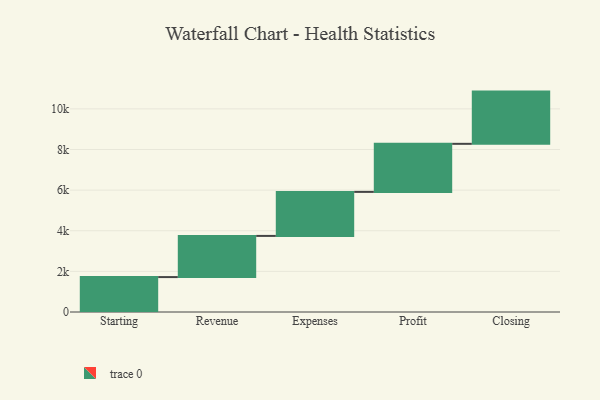
{"axis": {"x": "Step", "y": "Value"}, "legend": [""], "data": [{"x": "Starting", "y": 1719.0, "type": ""}, {"x": "Revenue", "y": 2027.0, "type": ""}, {"x": "Expenses", "y": 2167.0, "type": ""}, {"x": "Profit", "y": 2366.0, "type": ""}, {"x": "Closing", "y": 2571.0, "type": ""}]}